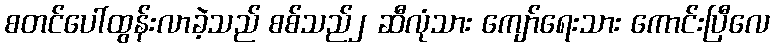
စတင်ပေါ်ထွန်းလာခဲ့သည် စစ်သည်၂ ဆီလုံသား ကျော်ရေးသား ကောင်းပြီလေ